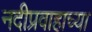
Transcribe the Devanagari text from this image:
नदीप्रवाहाच्या